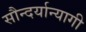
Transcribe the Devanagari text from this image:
सौन्दर्यान्यागी